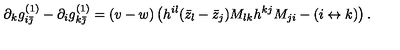
\partial _ { k } g _ { i \bar { \jmath } } ^ { ( 1 ) } - \partial _ { i } g _ { k \bar { \jmath } } ^ { ( 1 ) } = ( v - w ) \left( h ^ { i l } ( \bar { z } _ { l } - \bar { z } _ { j } ) M _ { l k } h ^ { k j } M _ { j i } - ( i \leftrightarrow k ) \right) .